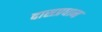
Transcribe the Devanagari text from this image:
दासप्रधान